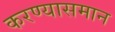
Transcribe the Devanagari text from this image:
करण्यासमान